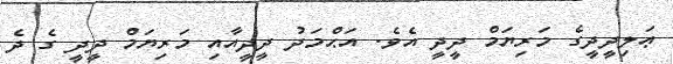
ޢަލިދީދީގެ މަރިޔަމް ދީދީ އެވެ. އަޙްމަދު ދީދީއާއި މަރިޔަމް ދީދީ ގެ ދެ